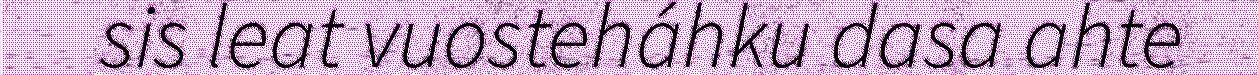
sis leat vuosteháhku dasa ahte